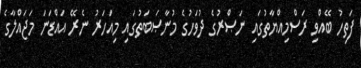
ފަތިހު ބޭއްވި ރަސްމިއްޔާތުގައި ނަޞްރުގެ ދުވަހުގެ މުނާޞަބަތުގައި މިއަހަރު ނެރޭ އައްޑަނަ މަޖައްލާގެ